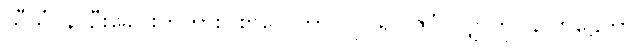
သီသံပန၊ ဦးခေါင်းကိုကား။ စာလေတွာ၊ လှုပ်၍။ ဇိဝှံ၊ လျှာကို။ နိလ္လာဠေတွာ၊